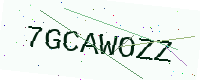
Text: 7GCAWOZZ